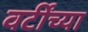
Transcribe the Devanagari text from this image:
वर्टींच्या